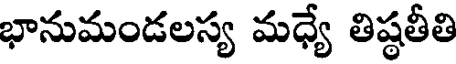
భానుమండలస్య మధ్యే తిష్ఠతీతి